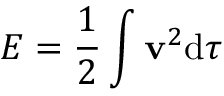
{ \cal E } = { \frac { 1 } { 2 } } \int \mathbf { v } ^ { 2 } \mathrm { d } \tau